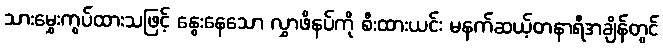
သားမွှေးကွပ်ထားသဖြင့် နွေးနေသော လွှာဖိနပ်ကို စီးထားယင်း မနက်ဆယ့်တနာရီအချိန်တွင်